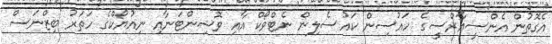
އެގޮތުން އެންސީއާރްސީގެ ހައުސިން ކައުސެލިން ނެޓްވޯކް އާއި ވޮޝިންޓަނާއި ނިއުޔޯކްގެ ހަތަރު ބިޒްނަސް